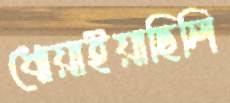
ধোয়াইয়াছিলি